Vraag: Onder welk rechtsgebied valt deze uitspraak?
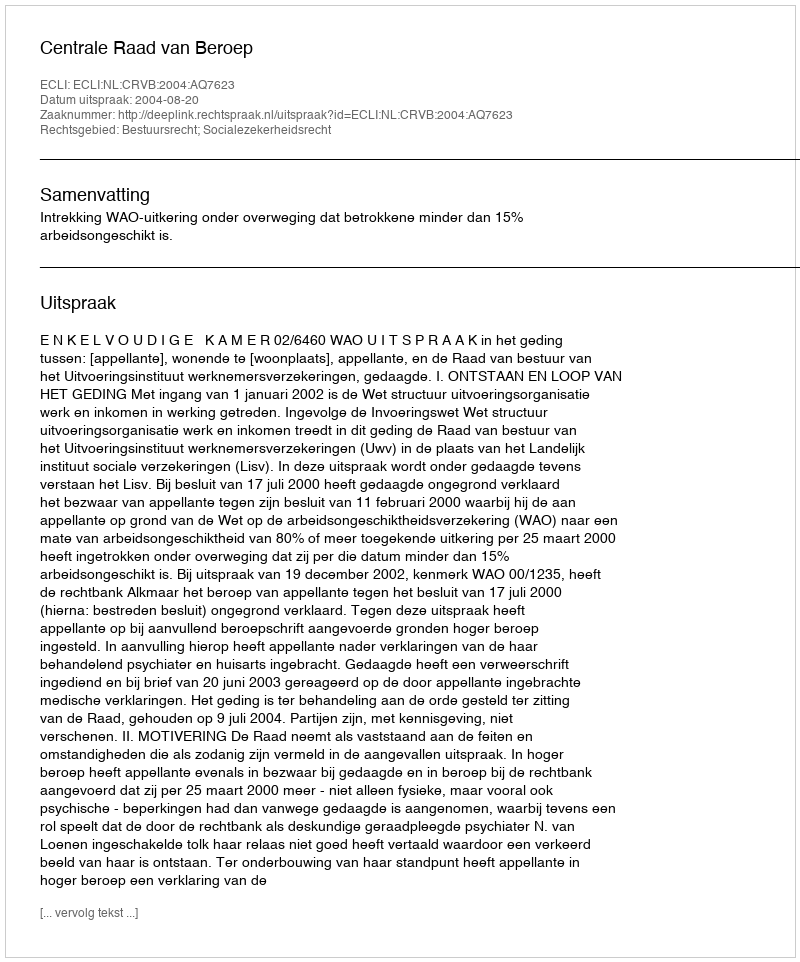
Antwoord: Bestuursrecht; Socialezekerheidsrecht